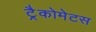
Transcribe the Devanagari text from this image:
ट्रैकोमेटस